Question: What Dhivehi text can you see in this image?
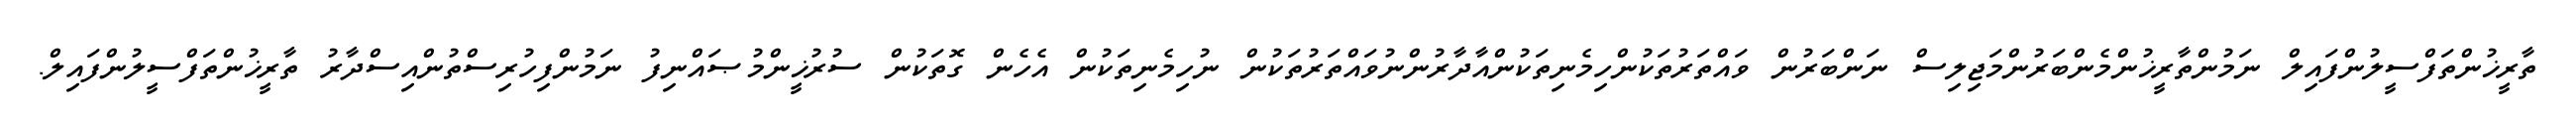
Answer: ތާރީޚުންތަފްސީލުންފައިލް ނަމުންތާރީޚުންމެންބަރުންމަޖިލިސް ނަންބަރުން ވައްތަރުތަކުންހިމެނިތަކުންއާދާރުންނުވައްތަރުތަކުން ނުހިމެނިތަކުން އެހެން ގޮތަކުން ސުރުޚީންމުޞައްނިފު ނަމުންފިހުރިސްތުންއިސްދާރު ތާރީޚުންތަފްސީލުންފައިލް.